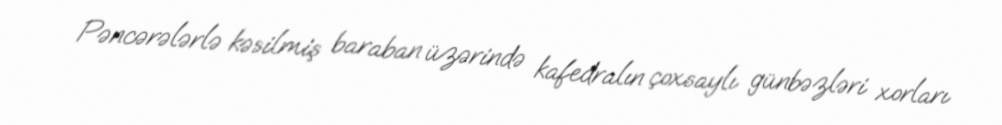
Pəncərələrlə kəsilmiş baraban üzərində kafedralın çoxsaylı günbəzləri xorları